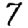
Digit: 7